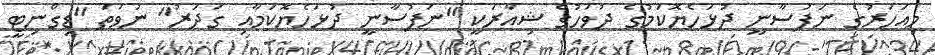
މިއަހަރުގެ ނަފުސާނީ ދުޅަހެޔޮކަމުގެ ދުވަހުގެ ޝިއާރަކީ "ނަފުސާނީ ދުޅަހެޔޮކަމާއި ގަދަރު" ނުވަތަ "ޑިގްނިޓީ